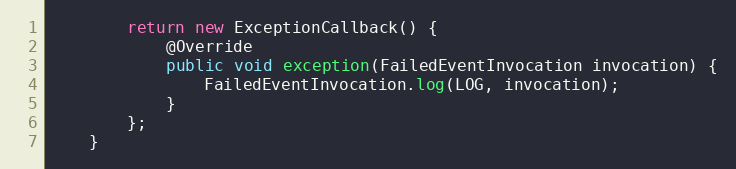
Language: Java
        return new ExceptionCallback() {
            @Override
            public void exception(FailedEventInvocation invocation) {
                FailedEventInvocation.log(LOG, invocation);
            }
        };
    }